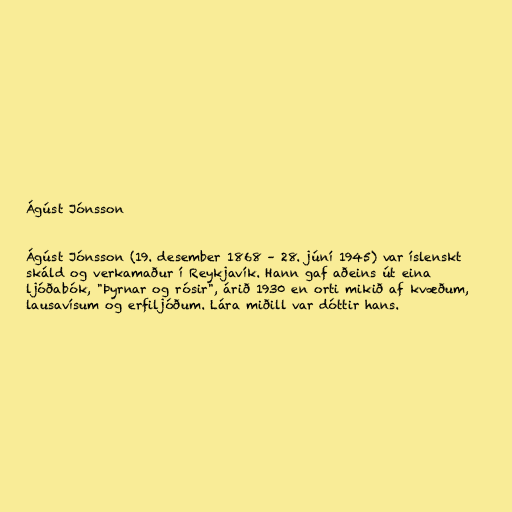
Ágúst Jónsson

Ágúst Jónsson (19. desember 1868 – 28. júní 1945) var íslenskt
skáld og verkamaður í Reykjavík. Hann gaf aðeins út eina
ljóðabók, "Þyrnar og rósir", árið 1930 en orti mikið af kvæðum,
lausavísum og erfiljóðum. Lára miðill var dóttir hans.